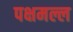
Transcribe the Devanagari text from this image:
पक्षमल्ल